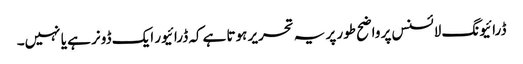
ڈرائیونگ لائسنس پر واضح طور پر یہ تحریر ہوتا ہےکہ ڈرائیور ایک ڈونر ہے یا نہیں۔